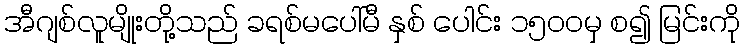
အီဂျစ်လူမျိုးတို့သည် ခရစ်မပေါ်မီ နှစ် ပေါင်း ၁၅၀၀မှ စ၍ မြင်းကို